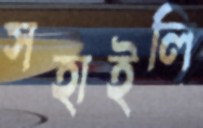
সহাইলি